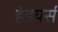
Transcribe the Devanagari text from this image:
हेइयर्स